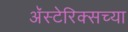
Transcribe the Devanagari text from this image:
अॅस्टेरिक्सच्या